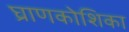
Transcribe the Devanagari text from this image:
घ्राणकोशिका